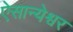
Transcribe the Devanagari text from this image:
ऐसान्येश्वर